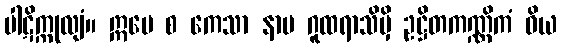
ပါဋိက္ကုလျံ။ ဣမေ စ ကေသာ နာမ ဂူထရာသိမှိ ဥဋ္ဌိတကဏ္ဏိကံ ဝိယ